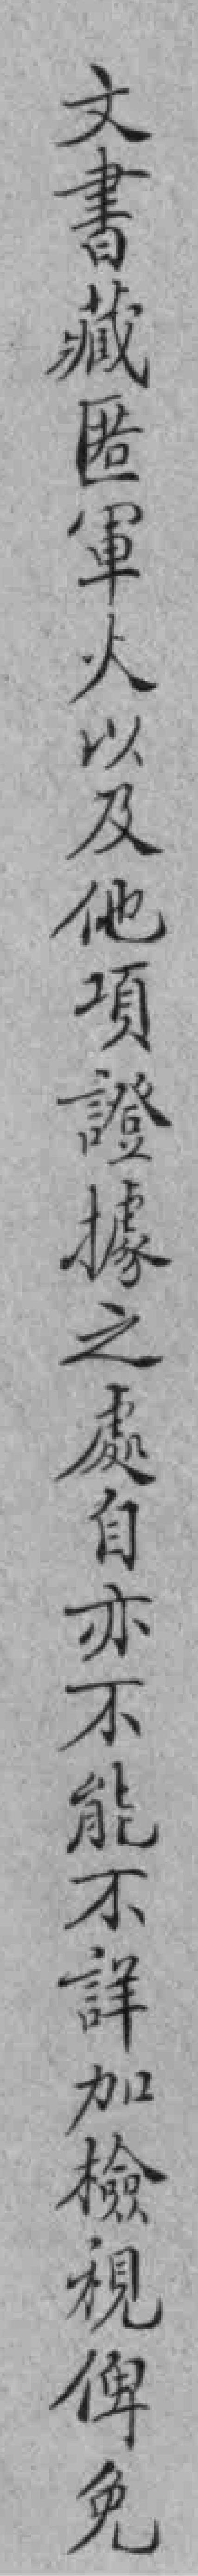
文書藏匿軍火以及他項證據之處自亦不能不詳加檢視俾免